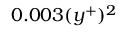
0 . 0 0 3 ( y ^ { + } ) ^ { 2 }